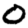
Digit: 0